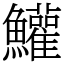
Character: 鱹